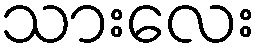
သားလေး